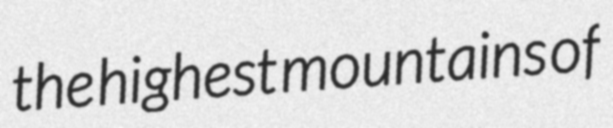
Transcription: the highest mountains of